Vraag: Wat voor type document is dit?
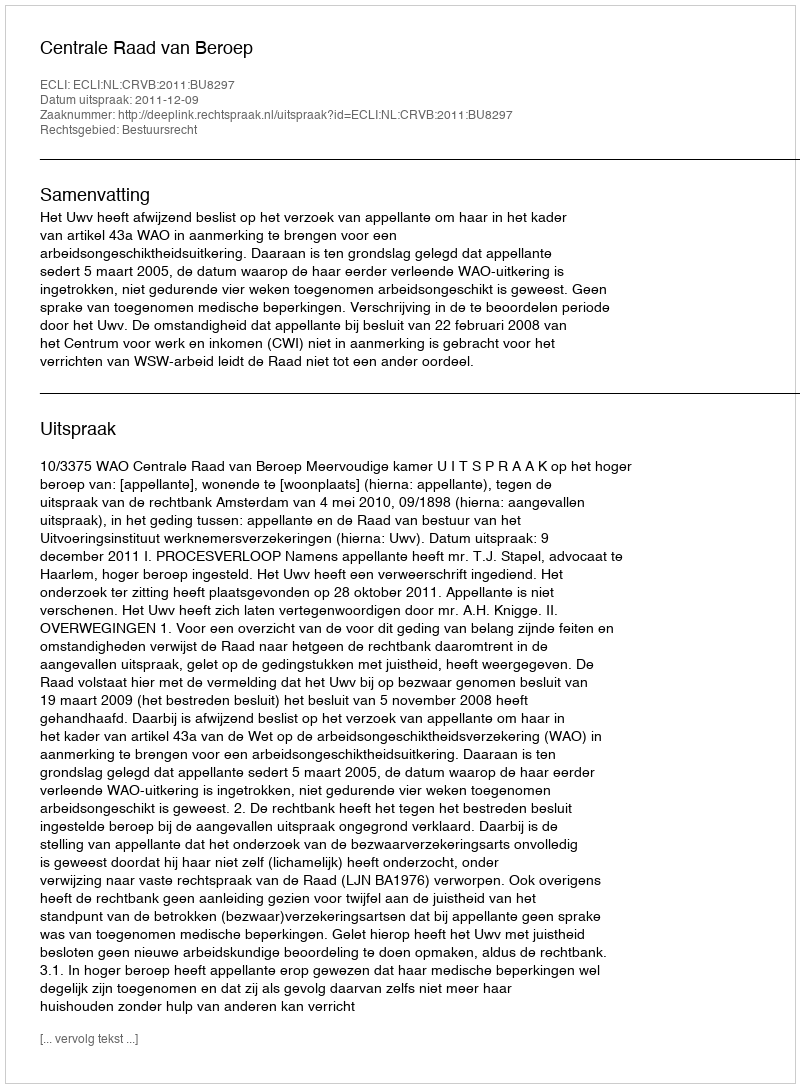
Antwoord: Uitspraak